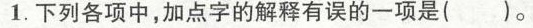
1.下列各项中，加点字的解释有误的一项是()。